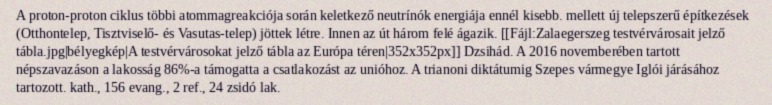
A proton-proton ciklus többi atommagreakciója során keletkező neutrínók energiája ennél kisebb. mellett új telepszerű építkezések (Otthontelep, Tisztviselő- és Vasutas-telep) jöttek létre. Innen az út három felé ágazik. [[Fájl:Zalaegerszeg testvérvárosait jelző tábla.jpg|bélyegkép|A testvérvárosokat jelző tábla az Európa téren|352x352px]] Dzsihád. A 2016 novemberében tartott népszavazáson a lakosság 86%-a támogatta a csatlakozást az unióhoz. A trianoni diktátumig Szepes vármegye Iglói járásához tartozott. kath., 156 evang., 2 ref., 24 zsidó lak.